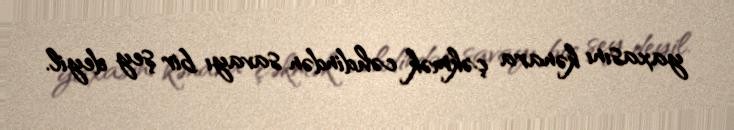
yaxasını kənara çəkmək cəhdindən savayı bir şey deyil.